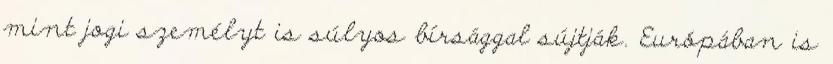
mint jogi személyt is súlyos bírsággal sújtják. Európában is